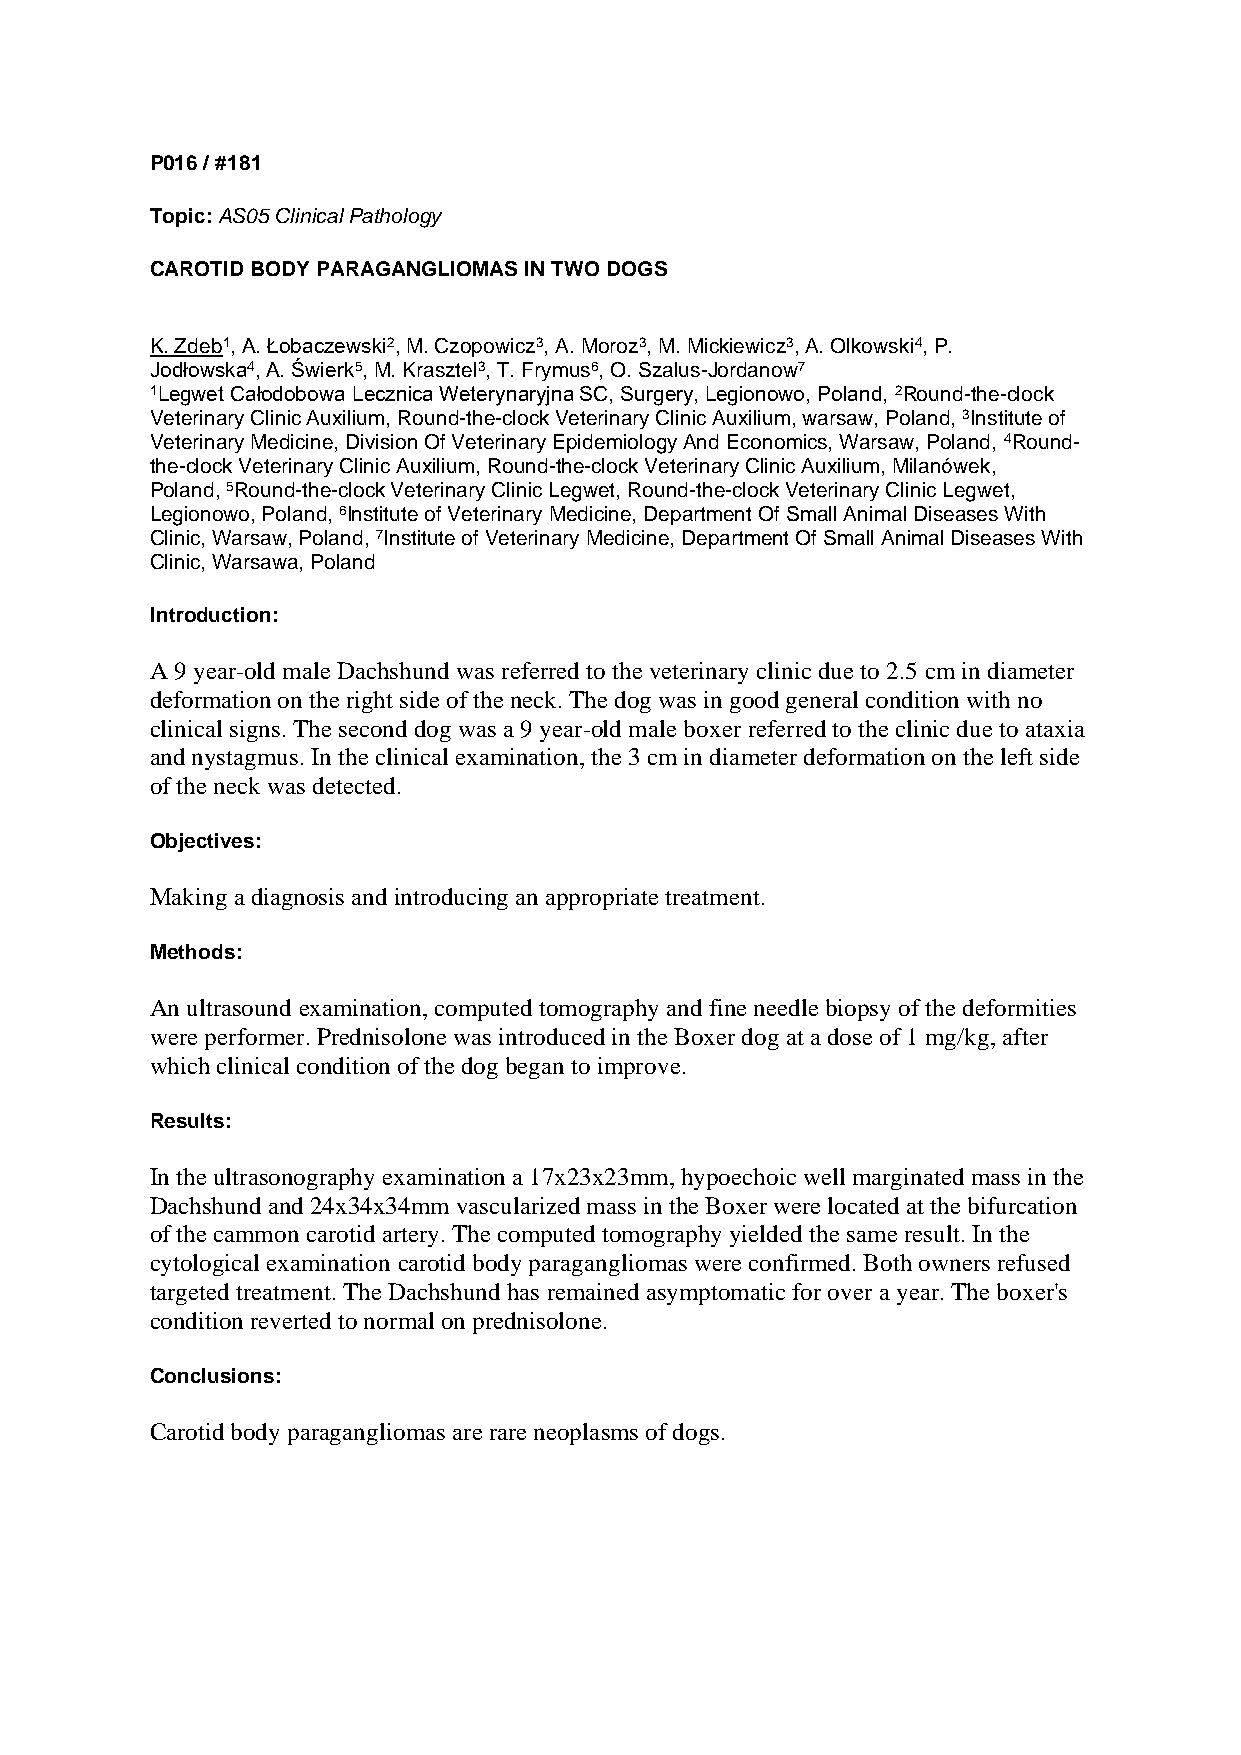
P016 / #181
 Topic: AS05 Clinical Pathology
 CAROTID BODY PARAGANGLIOMAS IN TWO DOGS
 K. Zdeb1, A. Łobaczewski2, M. Czopowicz3, A. Moroz3, M. Mickiewicz3, A. Olkowski4, P.
 Jodłowska4, A. Świerk5, M. Krasztel3, T. Frymus6, O. Szalus-Jordanow7
 1Legwet Całodobowa Lecznica Weterynaryjna SC, Surgery, Legionowo, Poland, 2Round-the-clock
 Veterinary Clinic Auxilium, Round-the-clock Veterinary Clinic Auxilium, warsaw, Poland, 3Institute of
 Veterinary Medicine, Division Of Veterinary Epidemiology And Economics, Warsaw, Poland, 4Round-
 the-clock Veterinary Clinic Auxilium, Round-the-clock Veterinary Clinic Auxilium, Milanówek,
 Poland, 5Round-the-clock Veterinary Clinic Legwet, Round-the-clock Veterinary Clinic Legwet,
 Legionowo, Poland, 6Institute of Veterinary Medicine, Department Of Small Animal Diseases With
 Clinic, Warsaw, Poland, 7Institute of Veterinary Medicine, Department Of Small Animal Diseases With
 Clinic, Warsawa, Poland
 Introduction:
 A 9 year-old male Dachshund was referred to the veterinary clinic due to 2.5 cm in diameter
 deformation on the right side of the neck. The dog was in good general condition with no
 clinical signs. The second dog was a 9 year-old male boxer referred to the clinic due to ataxia
 and nystagmus. In the clinical examination, the 3 cm in diameter deformation on the left side
 of the neck was detected.
 Objectives:
 Making a diagnosis and introducing an appropriate treatment.
 Methods:
 An ultrasound examination, computed tomography and fine needle biopsy of the deformities
 were performer. Prednisolone was introduced in the Boxer dog at a dose of 1 mg/kg, after
 which clinical condition of the dog began to improve.
 Results:
 In the ultrasonography examination a 17x23x23mm, hypoechoic well marginated mass in the
 Dachshund and 24x34x34mm vascularized mass in the Boxer were located at the bifurcation
 of the cammon carotid artery. The computed tomography yielded the same result. In the
 cytological examination carotid body paragangliomas were confirmed. Both owners refused
 targeted treatment. The Dachshund has remained asymptomatic for over a year. The boxer's
 condition reverted to normal on prednisolone.
 Conclusions:
 Carotid body paragangliomas are rare neoplasms of dogs.